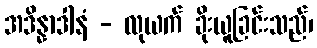
အဒိန္နာဒါနံ - လုယက် ခိုးယူခြင်းသည်၊